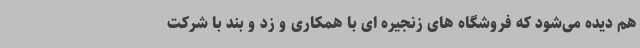
هم دیده می‌شود که فروشگاه های زنجیره ای با همکاری و زد و بند با شرکت